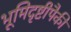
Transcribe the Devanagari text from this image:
भूमिदृष्टीपैकी